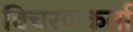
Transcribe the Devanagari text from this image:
विचरणकर्ता